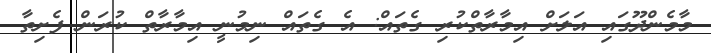
މާމެންދޫގައި އަލަށް އިމާރާތްކުރި ގެތައް: އެ ގެތައް ނިމުނީ އިމާރާތް ކުރަން ފެށިތާ